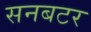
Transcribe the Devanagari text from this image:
सनबटर